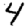
Digit: 4